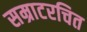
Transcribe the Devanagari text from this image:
सम्राटरचित